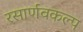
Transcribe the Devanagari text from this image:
रसार्णवकल्प